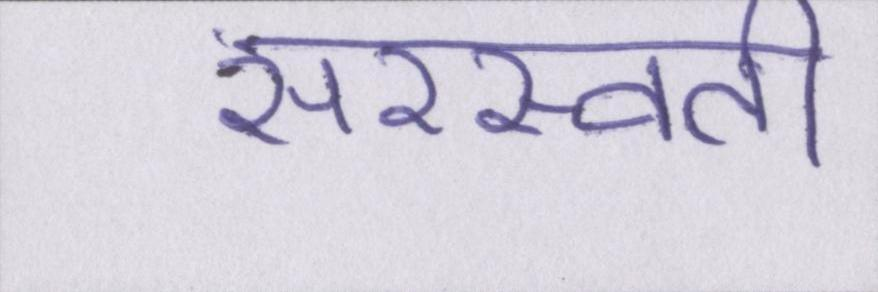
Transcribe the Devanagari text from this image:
सरस्वती